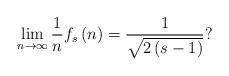
LaTeX: \begin{align*}\lim_{n\rightarrow\infty}\frac{1}{n}f_{s}\left( n\right) =\frac{1}{\sqrt{2\left( s-1\right) }}? \end{align*}